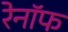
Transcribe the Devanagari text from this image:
रेनॉफ